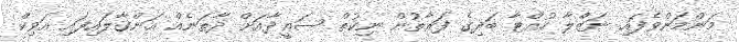
މަންމަންވެފައި ނަޒްލާ ހުއްޓާ ބަދިގެ ފަރާތުން ނިކުތް ސަޢީދާއަށް ދާތަނެއް އަންގާލައިފައި އަވިކް